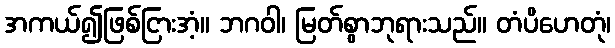
အကယ်၍ဖြစ်ငြားအံ့။ ဘဂဝါ၊ မြတ်စွာဘုရားသည်။ တံပိဟေတုံ၊